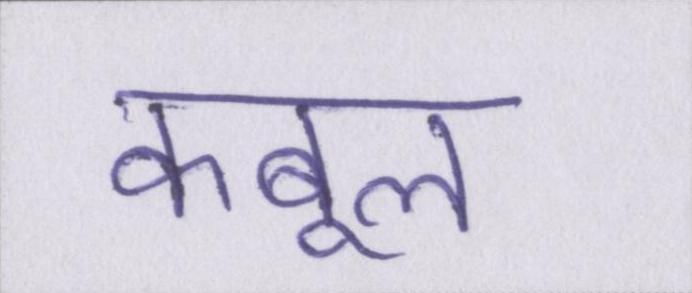
कबूल